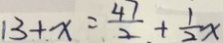
1 3 + x = \frac { 4 7 } { 2 } + \frac { 1 } { 2 } x